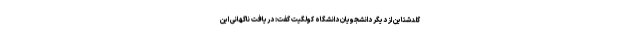
گلدشتاین از دیگر دانشجویان دانشگاه کولگیت گفت: دریافت ناگهانی این